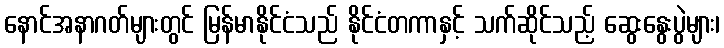
နောင်အနာဂတ်များတွင် မြန်မာနိုင်ငံသည် နိုင်ငံတကာနှင့် သက်ဆိုင်သည့် ဆွေးနွေးပွဲများ၊